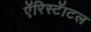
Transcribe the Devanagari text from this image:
एॅरिस्टॅाटल